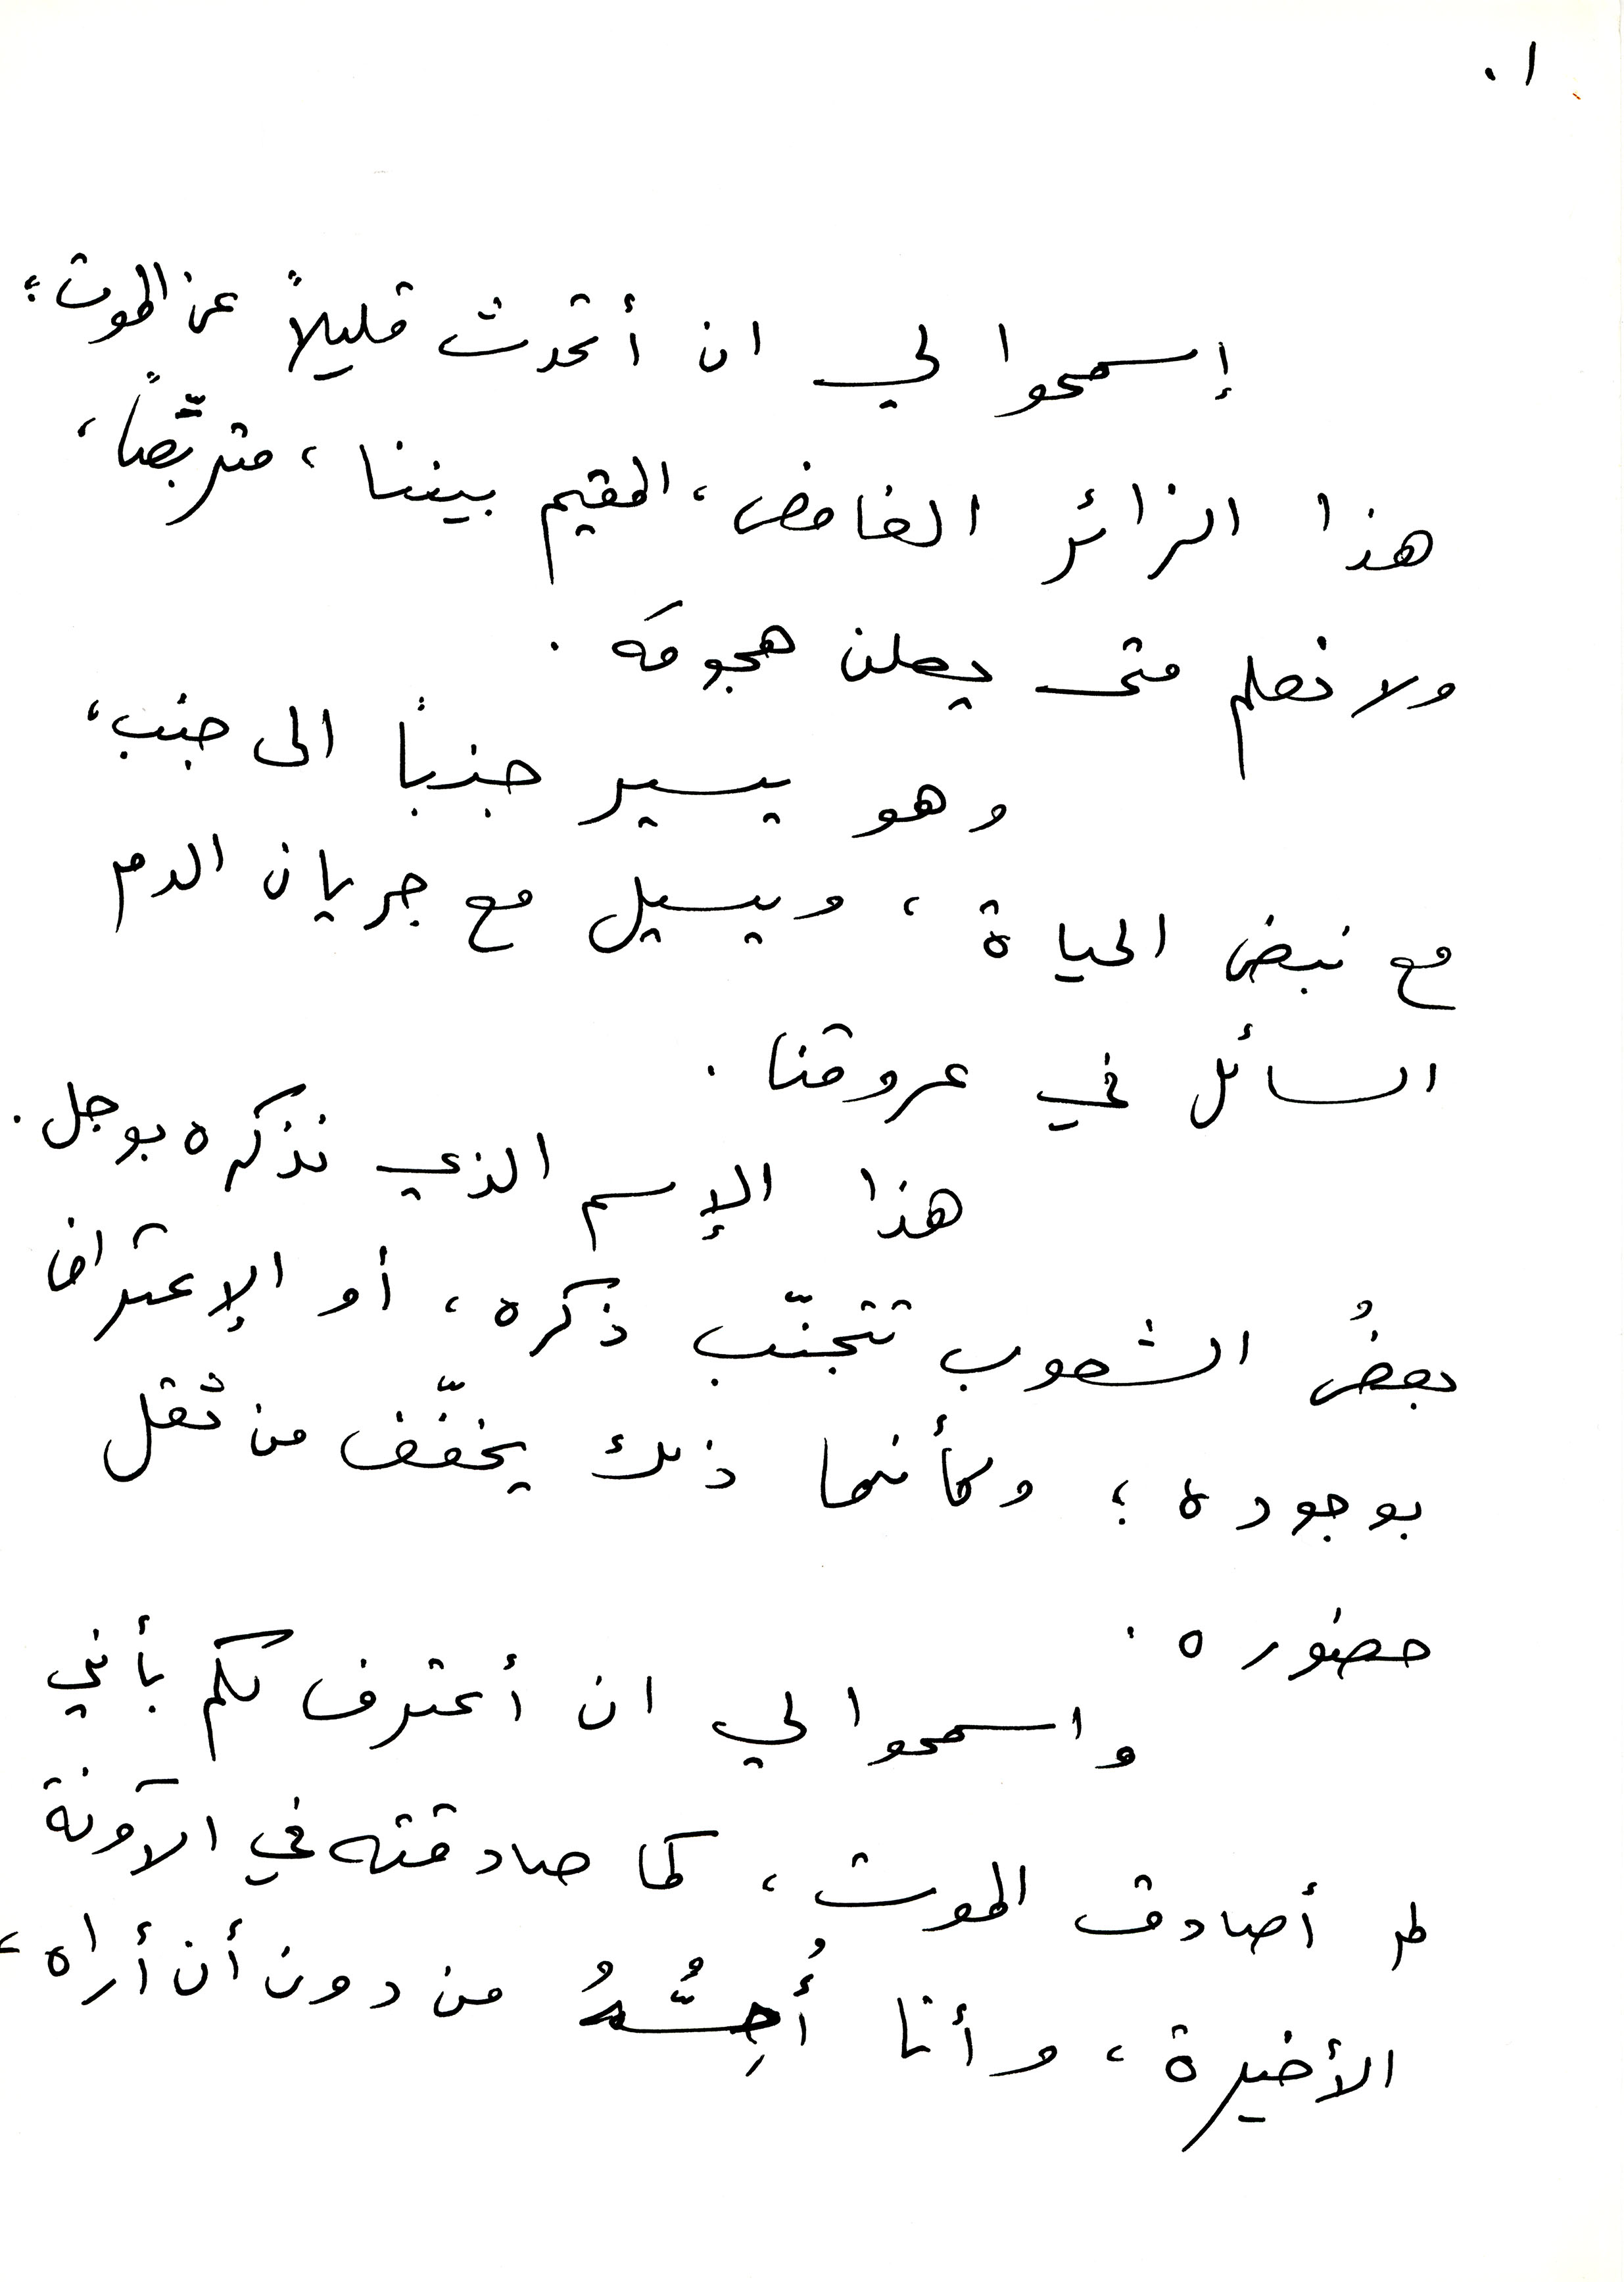
1
إسمحوا لي ان أتحدث قليلاً عن الموت:
هذا الزائر الغامض. المقيم بيننا، متربِّصاً،
ولا نعلم متى يعلن هجومَه.
وهو يسير جنباً الى جنب،
مع نبض الحياة، ويسيل مع جريان الدم
السائل في عروقنا.
هذا الإسم الذي نذكره بوجل.
بعضُ الشعوب تتجنّب ذكره، أو الإعتراف
بوجوده ؛ وكأنما ذلك يخفّف من ثقل
حضوره.
واسمحوا لي ان أعترف لكم بأني
لم أصادق الموت، كما صادقته في الآونة
الأخيرة، وأنا أحِسُّهُ من دون أن أراه،